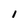
Character: 1